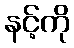
နင့်ကို